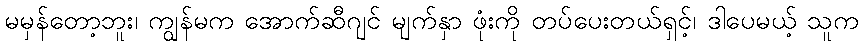
မမှန်တော့ဘူး၊ ကျွန်မက အောက်ဆီဂျင် မျက်နှာ ဖုံးကို တပ်ပေးတယ်ရှင့်၊ ဒါပေမယ့် သူက